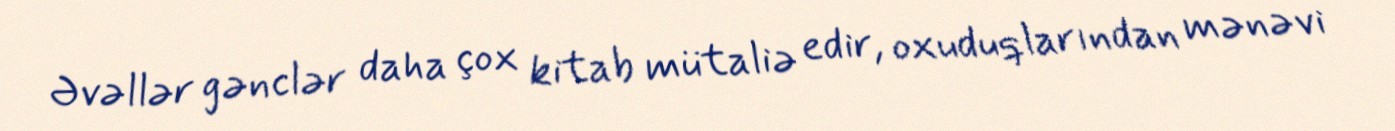
Əvəllər gənclər daha çox kitab mütaliə edir, oxuduqlarından mənəvi